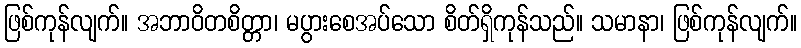
ဖြစ်ကုန်လျက်။ အဘာဝိတစိတ္တာ၊ မပွားစေအပ်သော စိတ်ရှိကုန်သည်။ သမာနာ၊ ဖြစ်ကုန်လျက်။